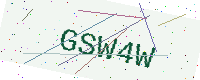
Text: GSW4W